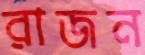
রাজন